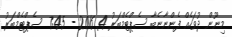
މިނޫން ދުވަހެއް ފެންނާނެބާ ސެޕްޓެމްބަރު 4